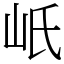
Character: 㞴